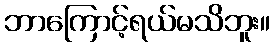
ဘာကြောင့်ရယ်မသိဘူး။